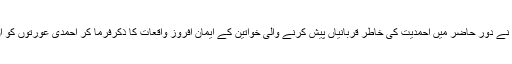
حضور انور ایدہ اللہ تعالیٰ بنصرہ العزیز نے دور حاضر میں احمدیت کی خاطر قربانیاں پیش کرنے والی خواتین کے ایمان افروز واقعات کا ذکرفرما کر احمدی عورتوں کو ان کی ذمہ داریوں کی طرف توجہ دلائی۔